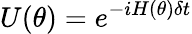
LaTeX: U(\theta)=e^{-iH(\theta)\delta t}